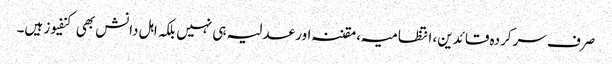
صرف سرکردہ قائدین، انتظامیہ، مقننہ اور عدلیہ ہی نہیں بلکہ اہل دانش بھی کنفیوز ہیں۔